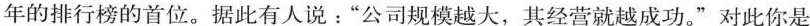
年的排行榜的首位。据此有人说：”公司规模越大，其经营就越成功。”对此你是